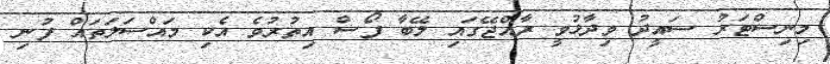
މިނިސްޓަރު ސައީދު ވިދާޅުވީ ރާއްޖޭގައި ލޭބާ ފޯސް އިތުރުވެ އެކި މައްސަލަތައް ފުނި